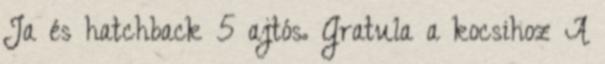
Ja és hatchback 5 ajtós. Gratula a kocsihoz A